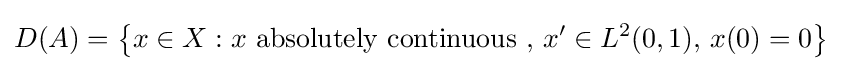
D(A)=\left\{x\in X:x{\text{ absolutely continuous }},\,x'\in L^{2}(0,1),\,x(0)=0\right\}